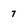
Character: 7